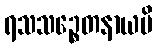
ရသသဉ္စေတနာယပိ